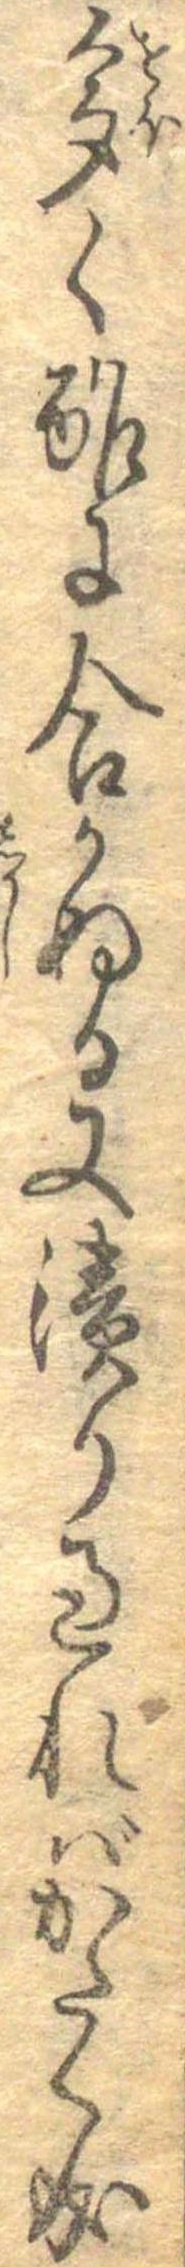
多く酢に合かぬる又漬り過ればかたく成